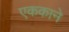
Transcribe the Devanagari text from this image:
एककाने